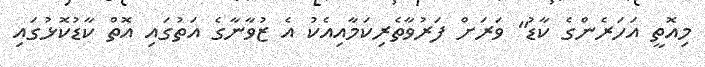
މިއޮތީ އަހަރެންގެ ކާޑު" ވަރަށް ފަރުވާތެރިކަމާއިއެކު އެ ޒުވާނާގެ އަތުގައި އޮތް ކާޑުކޮޅުގައި